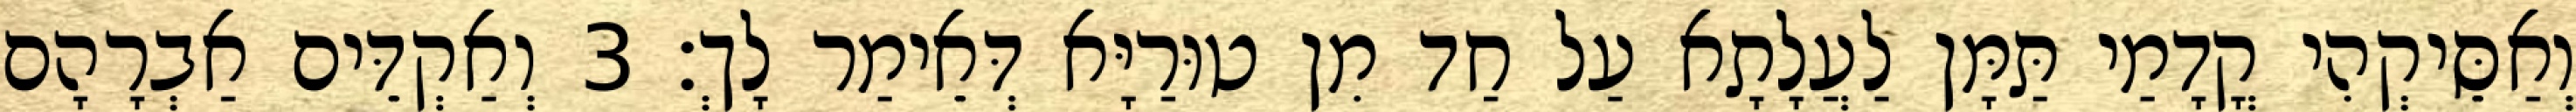
וְאַסֵּיקְהִי קֳדָמַי תַּמָּן לַעֲלָתָא עַל חַד מִן טוּרַיָּא דְּאֵימַר לָךְ׃ 3 וְאַקְדֵּים אַבְרָהָם